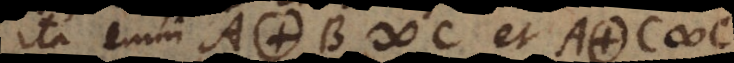
Ita enim A. B # C et A. C